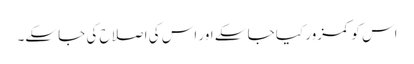
اس کو کمزور کیا جا سکے اور اس کی اصلاح کی جا سکے۔